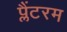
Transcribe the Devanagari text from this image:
प्लैंटरम